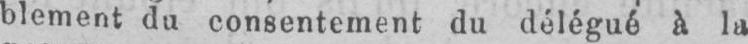
blement du consentement du délégué à la